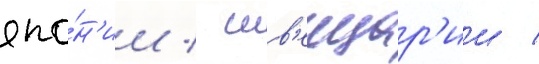
япо́н'ии / шв'еицар'ии /